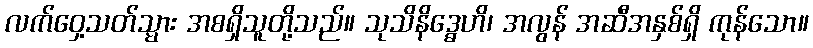
လက်ဝှေ့သတ်သ္မား အစရှိသူတို့သည်။ သုသိနိဒ္ဓေဟိ၊ အလွန် အဆီအနှစ်ရှိ ကုန်သော။